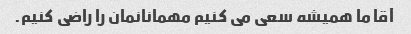
آقا ما همیشه سعی می کنیم مهمانانمان را راضی کنیم.